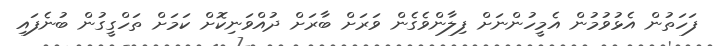
ފަހަތުން އެޅުވުމުން އެމީހުންނަށް ފިލާންވެގެން ވަރަށް ބާރަށް ދުއްވަނިކޮށް ކަމަށް ތަހްގީގުން ބުނެފައި